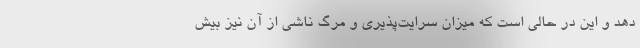
دهد و این در حالی است که میزان سرایت‌پذیری و مرگ ناشی از آن نیز بیش